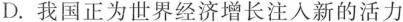
D.我国正为世界经济增长注入新的活力